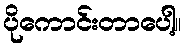
ပိုကောင်းတာပေါ့။